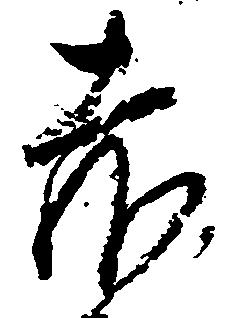
赤